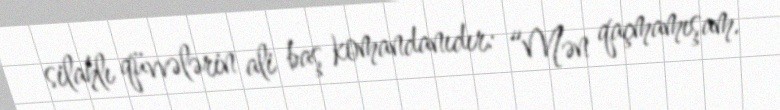
silahlı qüvvələrin ali baş komandanıdır: “Mən qaçmamışam.